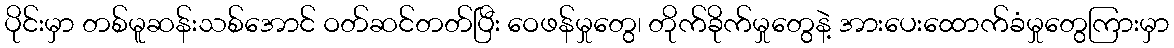
ပိုင်းမှာ တစ်မူဆန်းသစ်အောင် ဝတ်ဆင်တတ်ပြီး ဝေဖန်မှုတွေ၊ တိုက်ခိုက်မှုတွေနဲ့ အားပေးထောက်ခံမှုတွေကြားမှာ